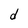
Character: d